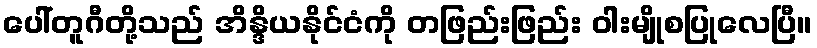
ပေါ်တူဂီတို့သည် အိန္ဒိယနိုင်ငံကို တဖြည်းဖြည်း ဝါးမျိုစပြုလေပြီ။